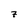
Character: 7